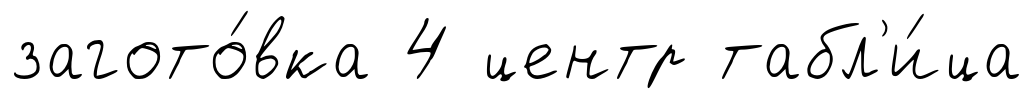
загото́вка 4 центр табл'и́ца